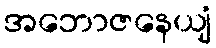
အဘောဇနေယျံ